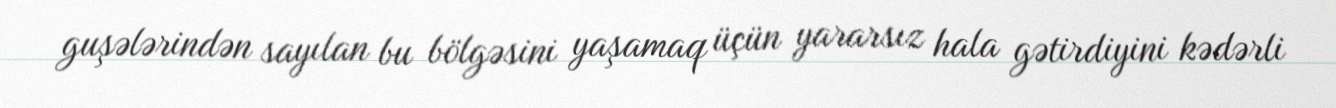
guşələrindən sayılan bu bölgəsini yaşamaq üçün yararsız hala gətirdiyini kədərli